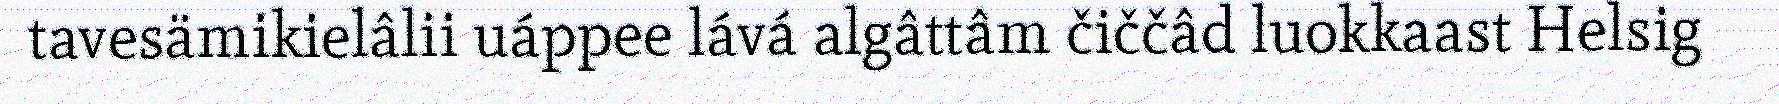
tavesämikielâlii uáppee lává algâttâm čiččâd luokkaast Helsig